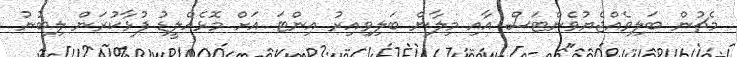
މެޗުން ބަލިވެއްޖެޔުވެންޓަސް އާއި މިލާން ބަލިވިއިރު އިންޓަ އަށް މޮޅެއްލީޑު ފުޅާކުރަން ލިބުނު